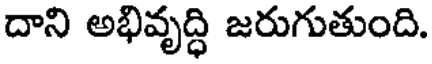
దాని అభివృద్ధి జరుగుతుంది.